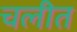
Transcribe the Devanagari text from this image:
चलीत